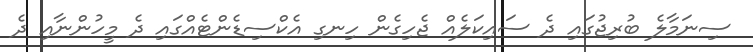
ސިނަމާލެ ބުރިޖުގައި ދެ ސައިކަލެއް ޖެހިގެން ހިނގި އެކްސިޑެންޓެއްގައި ދެ މީހުންނާއި ދެ